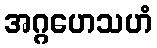
အဂ္ဂဟေသဟံ